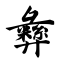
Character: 彝